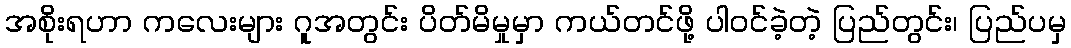
အစိုးရဟာ ကလေးများ ဂူအတွင်း ပိတ်မိမှုမှာ ကယ်တင်ဖို့ ပါဝင်ခဲ့တဲ့ ပြည်တွင်း၊ ပြည်ပမှ